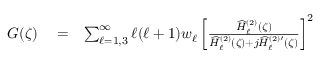
\begin{array} { r l r } { G ( \zeta ) } & { { } = } & { \sum _ { \ell = 1 , 3 } ^ { \infty } \ell ( \ell + 1 ) w _ { \ell } \left[ \frac { \widehat { H } _ { \ell } ^ { ( 2 ) } ( \zeta ) } { \widehat { H } _ { \ell } ^ { ( 2 ) } ( \zeta ) + j \widehat { H } _ { \ell } ^ { ( 2 ) \prime } ( \zeta ) } \right] ^ { 2 } } \end{array}